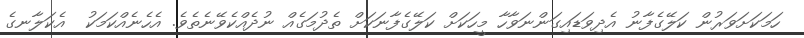
ހަމަކަށަވަރުން ކަލޭގެފާނު އެދިވަޑައިގަންނަވާހާ މީހަކަށް ކަލޭގެފާނަކަށް ތެދުމަގެއް ނުދެއްކެވޭނެތެވެ. އެހެނެއްކަމަކު  އެކަލާނގެ